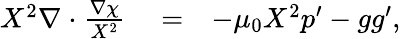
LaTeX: \begin{array}{rlr}{X^{2}{\mathbf\nabla}~{\mathbf\cdot}~\frac{{\mathbf\nabla}\chi}{X^{2}}}&{{}=}&{-\mu_{0}X^{2}p^{\prime}-gg^{\prime},}\end{array}